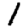
Digit: 1